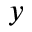
y